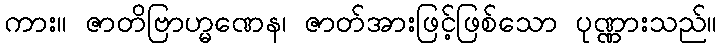
ကား။ ဇာတိဗြာဟ္မဏေန၊ ဇာတ်အားဖြင့်ဖြစ်သော ပုဏ္ဏားသည်။